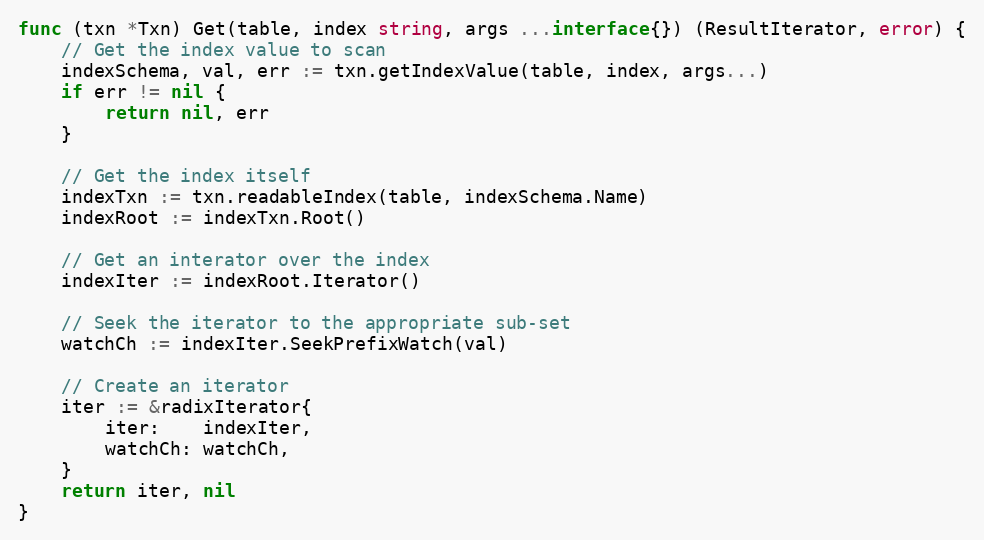
Language: Go
func (txn *Txn) Get(table, index string, args ...interface{}) (ResultIterator, error) {
	// Get the index value to scan
	indexSchema, val, err := txn.getIndexValue(table, index, args...)
	if err != nil {
		return nil, err
	}

	// Get the index itself
	indexTxn := txn.readableIndex(table, indexSchema.Name)
	indexRoot := indexTxn.Root()

	// Get an interator over the index
	indexIter := indexRoot.Iterator()

	// Seek the iterator to the appropriate sub-set
	watchCh := indexIter.SeekPrefixWatch(val)

	// Create an iterator
	iter := &radixIterator{
		iter:    indexIter,
		watchCh: watchCh,
	}
	return iter, nil
}